Vaccine operations Central Provinces 1900-1911 - 1900-1911
Year: 1900
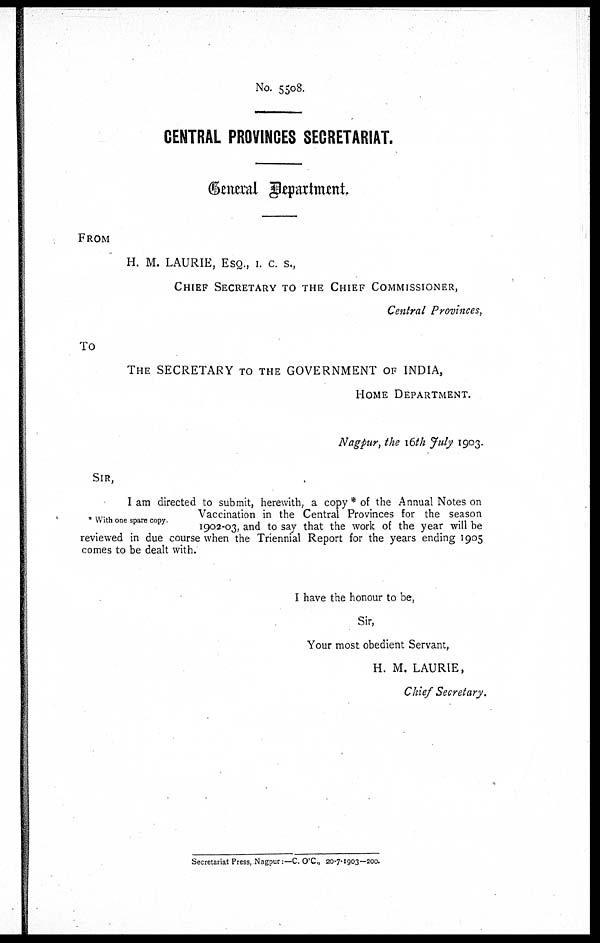
No. 5508.
CENTRAL PROVINCES SECRETARIAT.
General Department.
FROM
H. M. LAURIE, ESQ., I. C. S.,
CHIEF SECRETARY TO THE CHIEF COMMISSIONER,
Central Provinces,
To
THE SECRETARY TO THE GOVERNMENT OF INDIA,
HOME DEPARTMENT.
Nagpur, the 16th July 1903.
* With one spare copy.
SIR,
I am directed to submit, herewith, a copy * of the Annual Notes on
Vaccination in the Central Provinces for the season
1902-03, and to say that the work of the year will be
reviewed in due course when the Triennial Report for the years ending 1905
comes to be dealt with.
I have the honour to be,
Sir,
Your most obedient Servant,
H. M. LAURIE,
Chief Secretary.
Secretariat Press, Nagpur.—C. O'C, 20-7-1903—200.